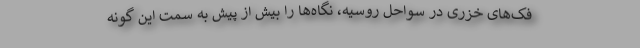
فک‌های خزری در سواحل روسیه، نگاه‌ها را بیش از پیش به سمت این گونه